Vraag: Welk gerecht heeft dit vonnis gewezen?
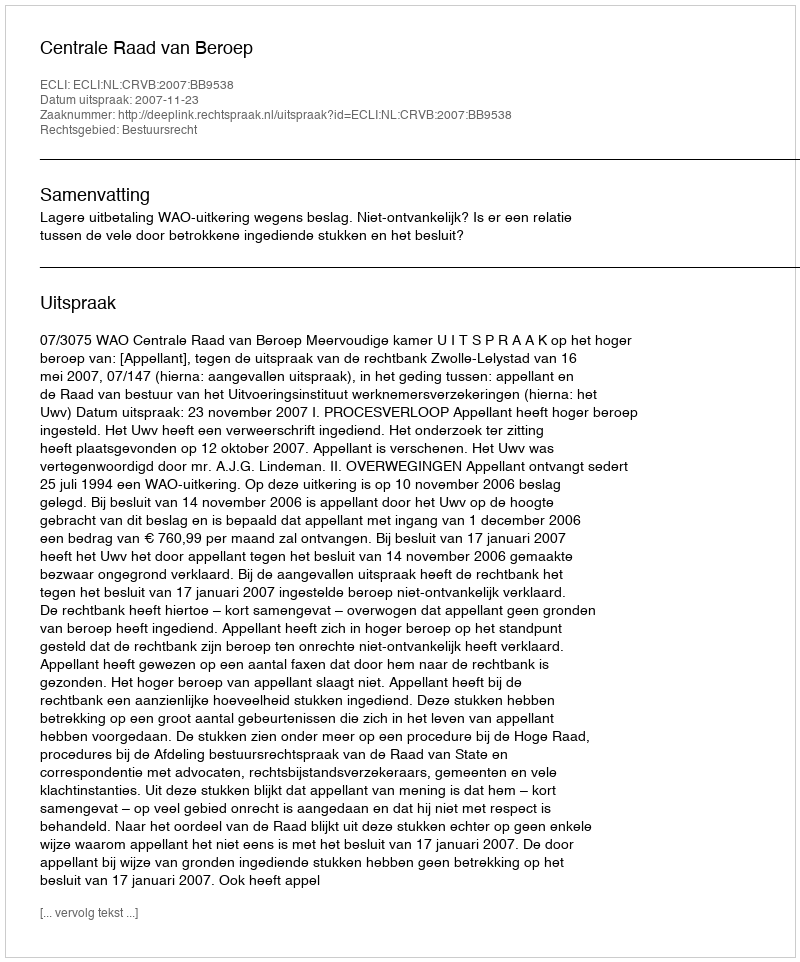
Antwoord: Centrale Raad van Beroep